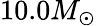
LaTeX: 10.0M_{\odot}